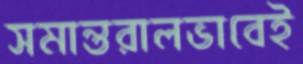
সমান্তরালভাবেই